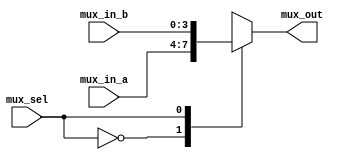
`timescale 1ns / 1ps
//////////////////////////////////////////////////////////////////////////////////
// Company: 
// Engineer: 
// 
// Design Name: 
// Module Name: mux4B
// Project Name: 
// Target Devices: 
// Tool Versions: 
// Description: 
// 
// Dependencies: 
// 
// Revision:
// Revision 0.01 - File Created
// Additional Comments:
// 
//////////////////////////////////////////////////////////////////////////////////


module mux4B(
input[3:0] mux_in_a,mux_in_b,
input mux_sel,
output reg[3:0]mux_out

    );
    always@(*)
    begin
    case(mux_sel)
    1'b0:mux_out=mux_in_a;
    1'b1:mux_out=mux_in_b;
    default:mux_out=4'b0000;
    endcase
    end

  
endmodule